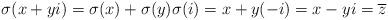
\begin{align*}\sigma(x+yi) = \sigma(x)+ \sigma(y) \sigma(i)= x+y(-i) = x-yi = \overline{z}\end{align*}